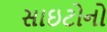
સાઇટોનો